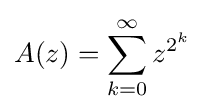
A(z)=\sum _{k=0}^{\infty }z^{2^{k}}